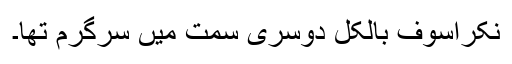
نکراسوف بالکل دوسری سمت میں سرگرم تھا۔